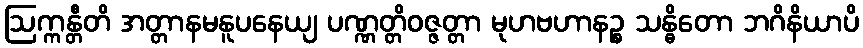
ဩက္ကန္တီတိ အတ္တာနမနူပနေယျ ပဏ္ဏတ္တိဝဇ္ဇတ္တာ မုဟဗဟာနဉ္စ သန္ဓိတော ဘဂိနိယာပိ